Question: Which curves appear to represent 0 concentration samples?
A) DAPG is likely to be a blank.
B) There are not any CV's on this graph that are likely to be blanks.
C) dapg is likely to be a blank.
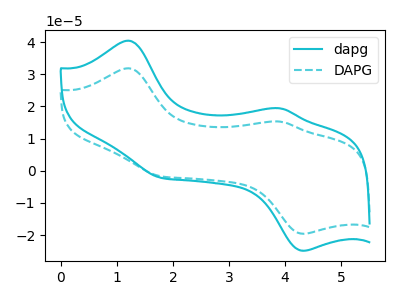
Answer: <think>The cyan curve "dapg" has anodic peaks at (1.20V, 40.45uA) (3.90V, 19.40uA) and cathodic peaks at (4.30V, -24.90uA) (1.80V, -2.20uA). The cyan dashed curve "DAPG" has anodic peaks at (1.20V, 31.85uA) (3.90V, 15.30uA) and cathodic peaks at (4.30V, -19.60uA) (1.80V, -1.70uA).</think>
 <answer>B) There are not any CV's on this graph that are likely to be blanks.</answer>
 <eval>B</eval>